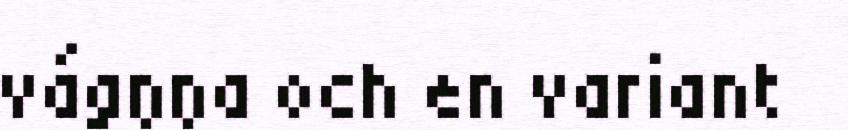
vágŋŋa och en variant